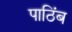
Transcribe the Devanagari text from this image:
पाठिंब